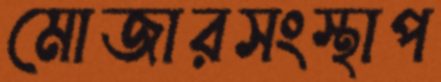
মোজারসংস্থাপ